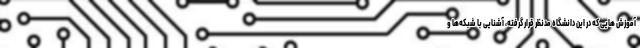
آموزش هایی که در این دانشگاه مدنظر قرار گرفته، آشنایی با شبکه‌ها و